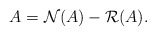
\begin{align*} A = \mathcal{N}(A) - \mathcal{R}(A).\end{align*}